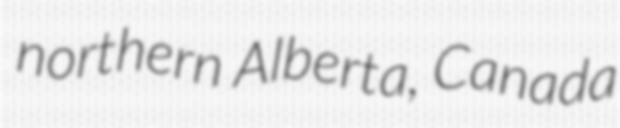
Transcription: northern Alberta, Canada